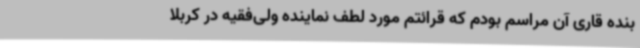
بنده قاری آن مراسم بودم که قرائتم مورد لطف نماینده ولی‌فقیه در کربلا